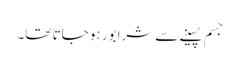
جسم پسینے سے شرابور ہو جاتا تھا۔